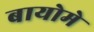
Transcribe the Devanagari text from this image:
बायोमे